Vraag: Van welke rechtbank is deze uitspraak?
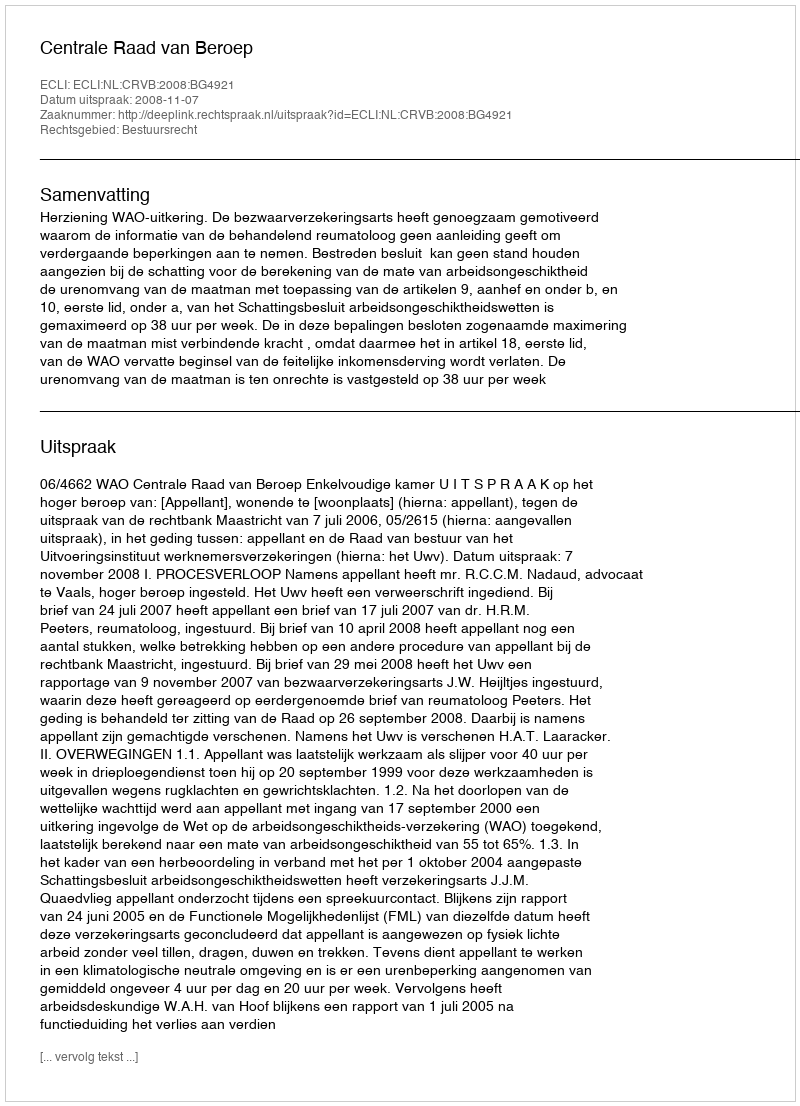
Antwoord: Centrale Raad van Beroep